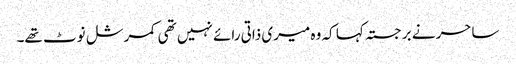
ساحر نے برجستہ کہا کہ وہ میری ذاتی رائے نہیں تھی کمرشل نوٹ تھے۔